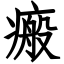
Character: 瘢